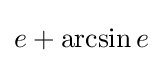
e+\operatorname {arcsin} e